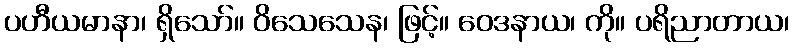
ပဟီယမာနာ၊ ရှိသော်။ ဝိသေသေန၊ ဖြင့်။ ဝေဒနာယ၊ ကို။ ပရိညာတာယ၊